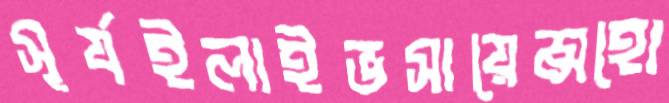
সূর্যইলাইভসায়েন্সহো